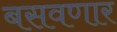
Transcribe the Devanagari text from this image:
बसवणार